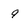
Character: 9